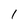
Character: l